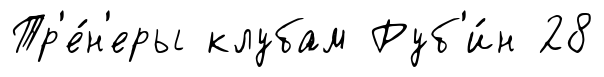
Тр'е́н'еры клубам Руб'и́н 28